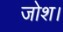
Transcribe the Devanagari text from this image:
जोश।